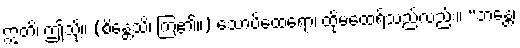
ဣတိ၊ ဤသို့။ (စိန္တေသိ၊ ကြံ၏။) သောပိထေရော၊ ထိုမထေရ်သည်လည်း။ “ဘန္တေ၊